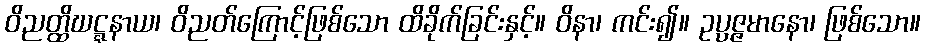
ဝိညတ္ထိဃဋ္ဋနာယ၊ ဝိညတ်ကြောင့်ဖြစ်သော ထိခိုက်ခြင်းနှင့်။ ဝိနာ၊ ကင်း၍။ ဥပ္ပဇ္ဇမာနော၊ ဖြစ်သော။